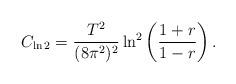
LaTeX: \begin{align*}C_{\ln 2}=\frac{T^2}{(8\pi^2)^2}\ln^2\left(\frac{1+r}{1-r}\right).\end{align*}